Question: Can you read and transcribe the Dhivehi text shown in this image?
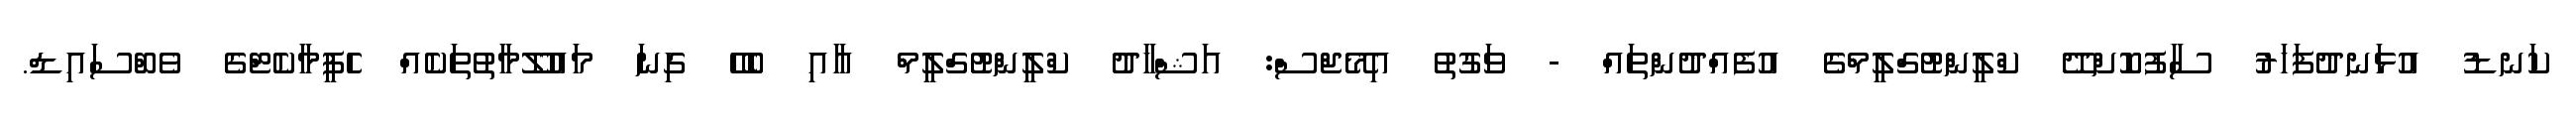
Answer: ކަނޑު އުޅަނދުފަހަރު ސާފުކޮށްދޭ ކްލީންޓުގްލީމްގެ އުފެއްދުންތައް - ވަގުތު އިމޭޖްސް: އަޝްހާދު ކްލީންޓުގްލީމް އާއި ބެހޭ ގިނަ މައުލޫމާތުތަކެއް ހެޕީމާކެޓްގެ ވެބްސައިޑް.